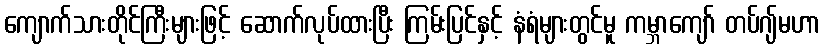
ကျောက်သားတိုင်ကြီးများဖြင့် ဆောက်လုပ်ထားပြီး ကြမ်းပြင်နှင့် နံရံများတွင်မူ ကမ္ဘာကျော် တပ်ဂျ်မဟာ